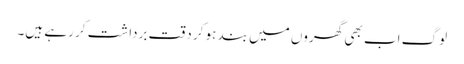
لوگ اب بھی گھروں میں بند ہو کر دقت برداشت کر رہے ہیں۔